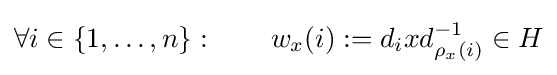
\forall i\in \{1,\ldots ,n\}:\qquad w_{x}(i):=d_{i}xd_{\rho _{x}(i)}^{-1}\in H